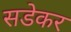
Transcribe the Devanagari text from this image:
सडेकर